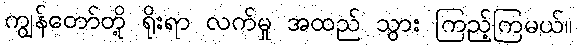
ကျွန်တော်တို့ ရိုးရာ လက်မှု အထည် သွား ကြည့်ကြမယ်။